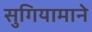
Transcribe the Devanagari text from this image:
सुगियामाने